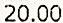
20.00